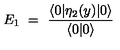
E _ { 1 } \ = \ \frac { \langle 0 \vert \eta _ { 2 } ( y ) \vert 0 \rangle } { \langle 0 \vert 0 \rangle }